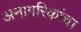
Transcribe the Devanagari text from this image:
अनागरिकांचा